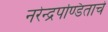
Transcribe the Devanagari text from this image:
नरेन्द्रपण्डिताचे